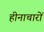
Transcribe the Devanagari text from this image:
हीनाचारों